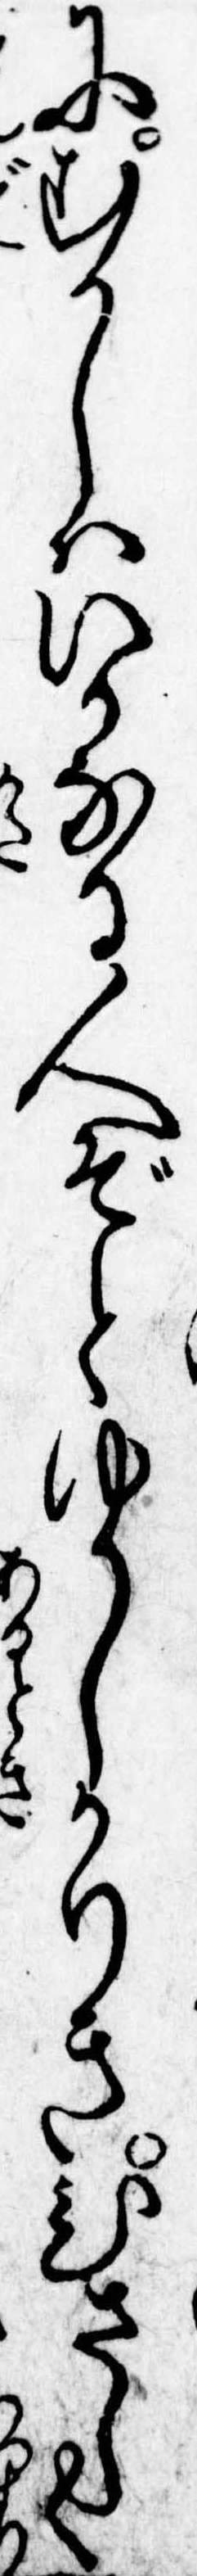
にむかしはいかなる人ぞとゆかしかりきひさしく